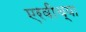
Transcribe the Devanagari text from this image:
एरवीच्या